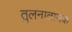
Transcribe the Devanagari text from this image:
तुलनातामक